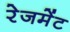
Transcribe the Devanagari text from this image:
रेजमेंट